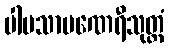
ပါပသာမဏေရီသုတ္တံ